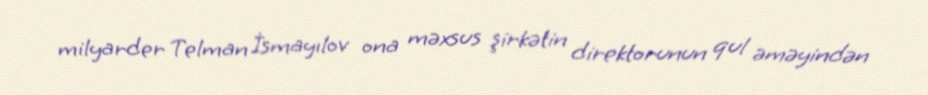
milyarder Telman İsmayılov ona məxsus şirkətin direktorunun qul əməyindən